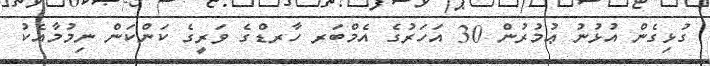
ގުޅިގެން އުޅުނު ޢުމުރުން 30 އަހަރުގެ އެމްބަރ ހާރޑްގެ ވަރީގެ ކަންކަން ނިމުމާއެކު